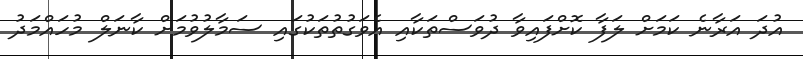
އުދަ އަރާނެ ކަމަށް ލަފާ ކޮށްފައިވާ ދުވަސްތަކާއި އެވަގުތުތަކުގައި ސަމާލުވުމަށް ކާނަލް މުހައްމަދު